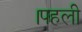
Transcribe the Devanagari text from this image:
।पहली